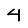
Digit: 4